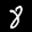
Label: 8